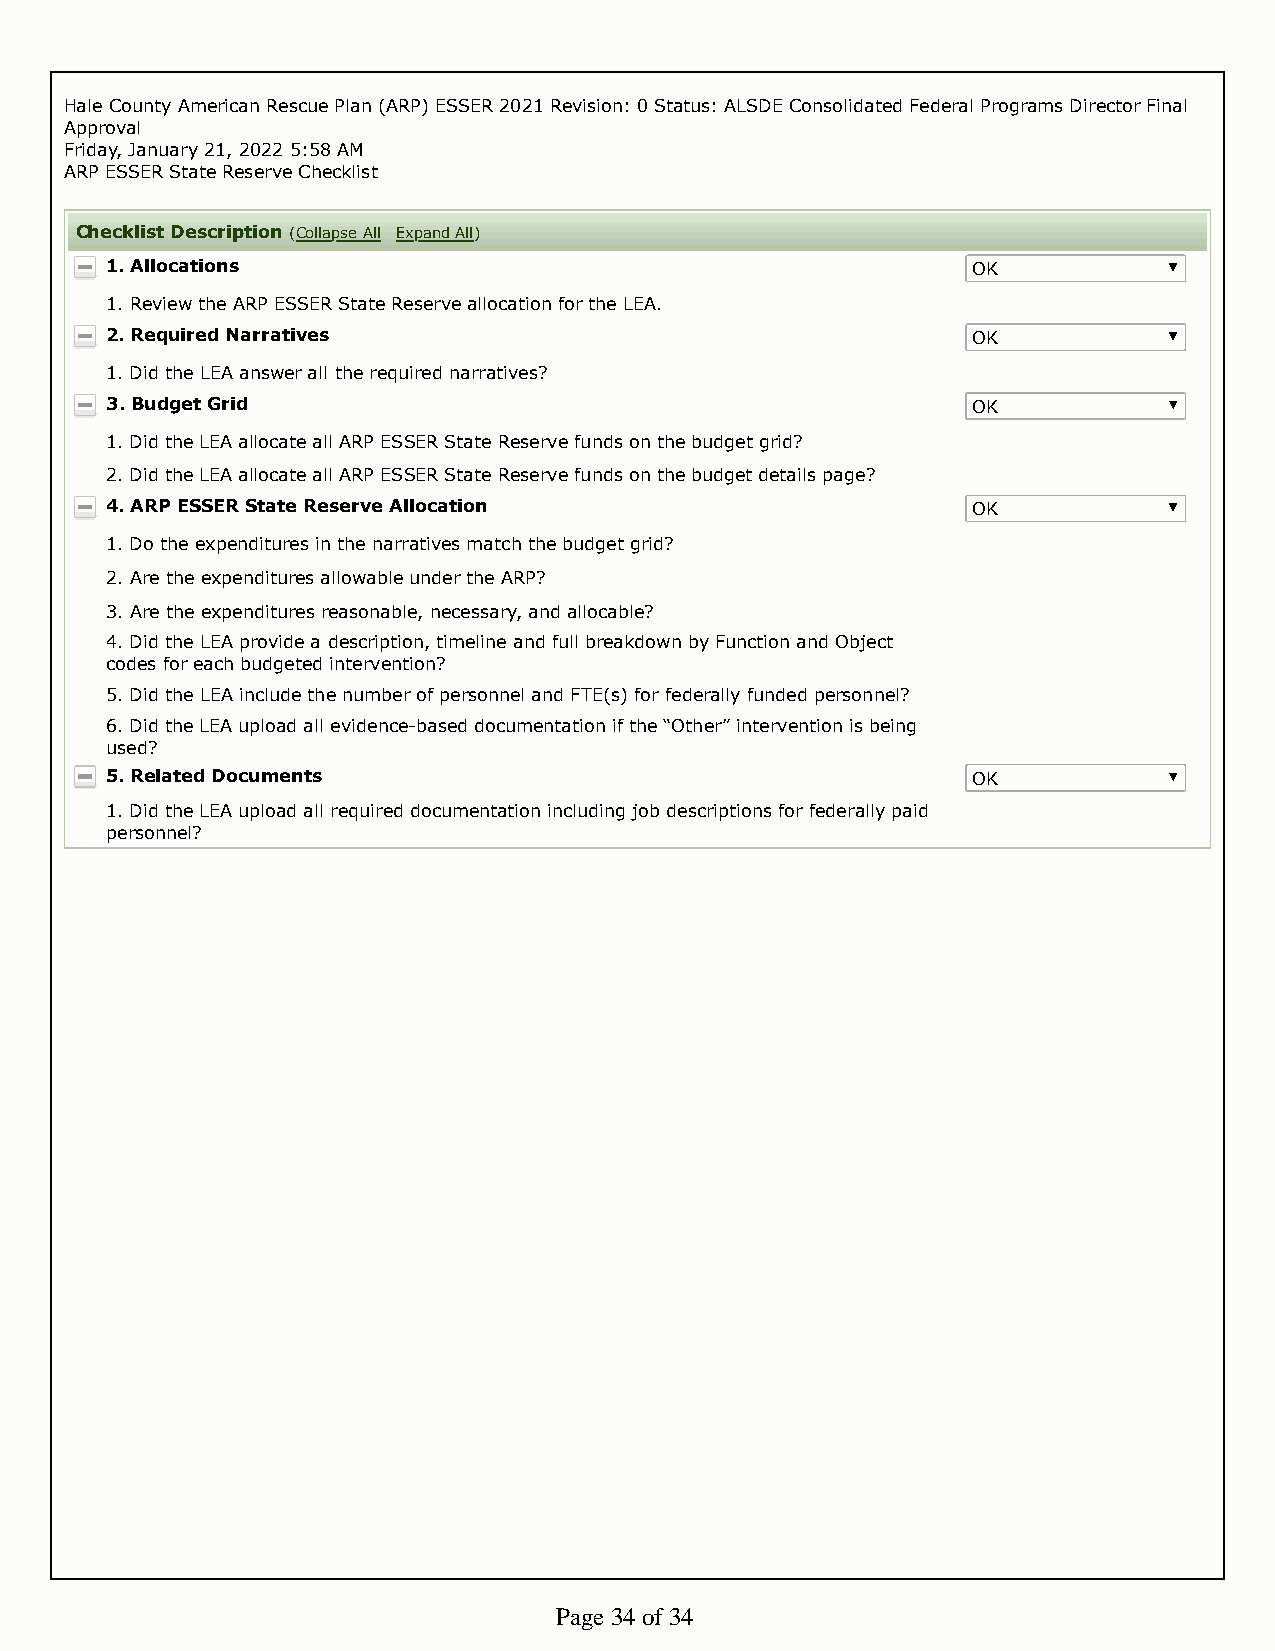
Hale County American Rescue Plan (ARP) ESSER 2021 Revision: 0 Status: ALSDE Consolidated Federal Programs Director Final
 Approval
 Friday, January 21, 2022 5:58 AM
 ARP ESSER State Reserve Checklist
 Checklist Description (Collapse All Expand All)
 1. Allocations                                           OK
 1. Review the ARP ESSER State Reserve allocation for the LEA.
 2. Required Narratives                                   OK
 1. Did the LEA answer all the required narratives?
 3. Budget Grid                                           OK
 1. Did the LEA allocate all ARP ESSER State Reserve funds on the budget grid?
 2. Did the LEA allocate all ARP ESSER State Reserve funds on the budget details page?
 4. ARP ESSER State Reserve Allocation                    OK
 1. Do the expenditures in the narratives match the budget grid?
 2. Are the expenditures allowable under the ARP?
 3. Are the expenditures reasonable, necessary, and allocable?
 4. Did the LEA provide a description, timeline and full breakdown by Function and Object
 codes for each budgeted intervention?
 5. Did the LEA include the number of personnel and FTE(s) for federally funded personnel?
 6. Did the LEA upload all evidence-based documentation if the “Other” intervention is being
 used?
 5. Related Documents                                     OK
 1. Did the LEA upload all required documentation including job descriptions for federally paid
 personnel?
 Page 34 of 34